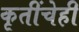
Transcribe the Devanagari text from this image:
कृतींचेही